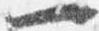
一